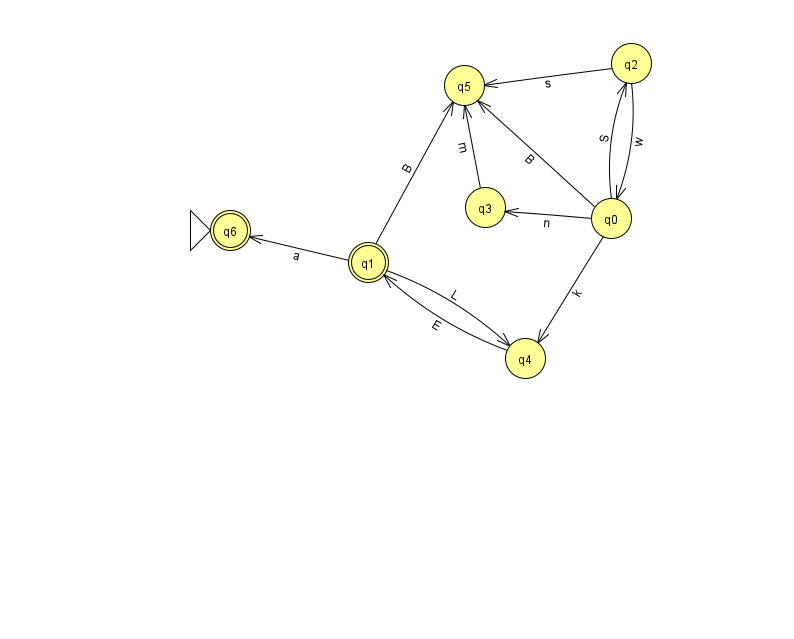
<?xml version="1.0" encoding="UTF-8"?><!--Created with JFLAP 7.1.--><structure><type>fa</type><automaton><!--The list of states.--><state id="0" name="q0"><x>611.0</x><y>205.0</y></state><state id="1" name="q1"><x>368.0</x><y>249.0</y><final/></state><state id="2" name="q2"><x>631.0</x><y>50.0</y></state><state id="3" name="q3"><x>485.0</x><y>194.0</y></state><state id="4" name="q4"><x>525.0</x><y>345.0</y></state><state id="5" name="q5"><x>464.0</x><y>72.0</y></state><state id="6" name="q6"><x>230.0</x><y>217.0</y><initial/><final/></state><!--The list of transitions.--><transition><from>0</from><to>4</to><read>k</read></transition><transition><from>0</from><to>5</to><read>B</read></transition><transition><from>1</from><to>6</to><read>a</read></transition><transition><from>1</from><to>4</to><read>L</read></transition><transition><from>1</from><to>5</to><read>B</read></transition><transition><from>0</from><to>3</to><read>n</read></transition><transition><from>3</from><to>5</to><read>m</read></transition><transition><from>2</from><to>0</to><read>w</read></transition><transition><from>4</from><to>1</to><read>E</read></transition><transition><from>0</from><to>2</to><read>S</read></transition><transition><from>2</from><to>5</to><read>s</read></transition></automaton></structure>